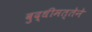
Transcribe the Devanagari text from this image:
बुद्धीमत्तेने